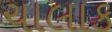
ચાલાક